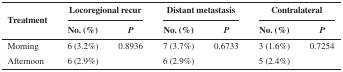
<table><thead><tr><td rowspan="2"><b>Treatment</b></td><td colspan="2"><b>Locoregional recur</b></td><td colspan="2"><b>Distant metastasis</b></td><td colspan="2"><b>Contralateral</b></td></tr><tr><td><b>No. (%)</b></td><td><b><i>P</i></b></td><td><b>No. (%)</b></td><td><b><i>P</i></b></td><td><b>No. (%)</b></td><td><b><i>P</i></b></td></tr></thead><tbody><tr><td>Morning</td><td>6 (3.2%)</td><td>0.8936</td><td>7 (3.7%)</td><td>0.6733</td><td>3 (1.6%)</td><td>0.7254</td></tr><tr><td>Afternoon</td><td>6 (2.9%)</td><td></td><td>6 (2.9%)</td><td></td><td>5 (2.4%)</td><td></td></tr></tbody></table>